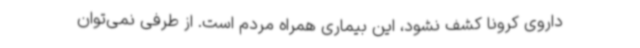
داروی کرونا کشف نشود، این بیماری همراه مردم است. از طرفی نمی‌توان